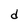
Character: d